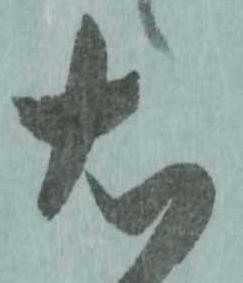
右